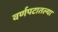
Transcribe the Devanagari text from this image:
वर्णपटातल्या